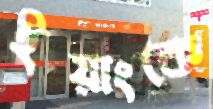
ইয়াংকে